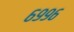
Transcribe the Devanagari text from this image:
६९९६